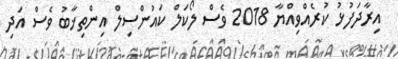
އިރާދަފުޅު ކުރެއްވިއްޔާ 2018 ވެސް ލޯކަލް ކައުންސިލް އިންތިޚާބު ވެސް އަދި